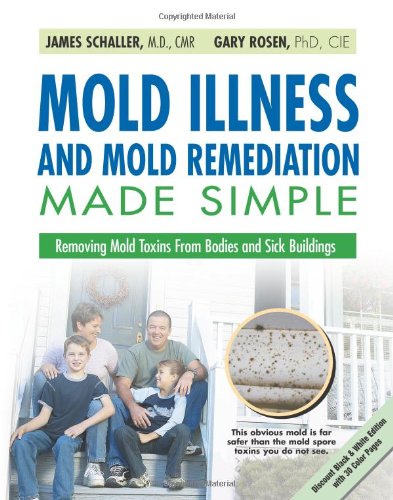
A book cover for Mold Illness and Mold Remediation Made Simple (Discount Black & White Edition): Removing Mold Toxins from Bodies and Sick Buildings; James Schaller; Health, Fitness & Dieting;